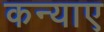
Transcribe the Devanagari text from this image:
कन्याए